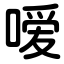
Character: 嗳